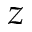
z